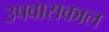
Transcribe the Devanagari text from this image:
उपवासकाल